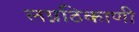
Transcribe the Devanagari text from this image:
लग्नठिकाणी